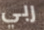
ربي